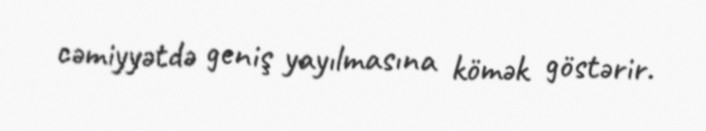
cəmiyyətdə geniş yayılmasına kömək göstərir.